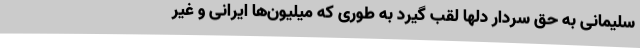
سلیمانی به حق سردار دلها لقب گیرد به طوری که میلیون‌ها ایرانی و غیر